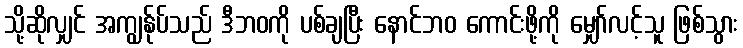
သို့ဆိုလျှင် အကျွန်ုပ်သည် ဒီဘဝကို ပစ်ချပြီး နောင်ဘဝ ကောင်းဖို့ကို မျှော်လင့်သူ ဖြစ်သွား